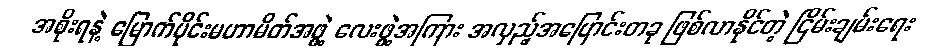
အစိုးရနဲ့ မြောက်ပိုင်းမဟာမိတ်အဖွဲ့ လေးဖွဲ့အကြား အလှည့်အပြောင်းတခု ဖြစ်လာနိုင်တဲ့ ငြိမ်းချမ်းရေး